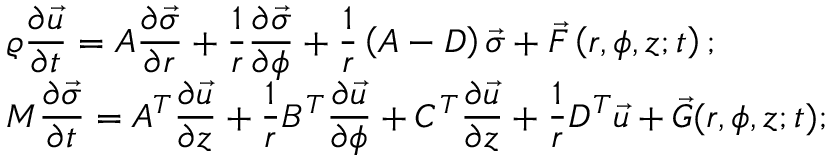
\begin{array} { l } { \displaystyle \varrho \frac { \partial \vec { u } } { \partial t } = A \frac { \partial \vec { \sigma } } { \partial r } + \frac { 1 } { r } \frac { \partial { \vec { \sigma } } } { \partial \phi } + \displaystyle \frac { 1 } { r } \left( A - D \right) \vec { \sigma } + \vec { F } \left( r , \phi , z ; t \right) ; } \\ { \displaystyle M \frac { \partial \vec { \sigma } } { \partial t } = A ^ { T } \frac { \partial \vec { u } } { \partial z } + \frac { 1 } { r } B ^ { T } \frac { \partial \vec { u } } { \partial \phi } + C ^ { T } \frac { \partial { \vec { u } } } { \partial z } + \frac { 1 } { r } D ^ { T } \vec { u } + \vec { G } ( r , \phi , z ; t ) ; } \end{array}